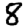
Digit: 8